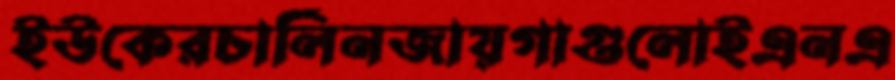
ইউকেরচার্লিনজায়গাগুলোইএনএ